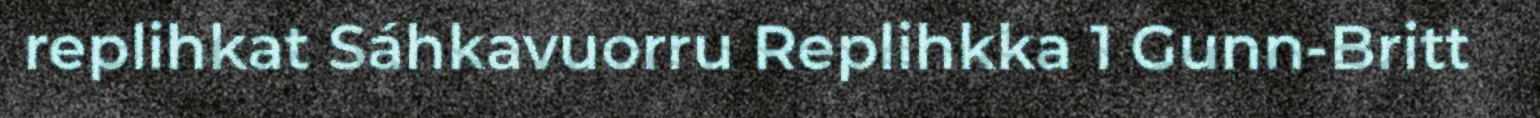
replihkat Sáhkavuorru Replihkka 1 Gunn-Britt